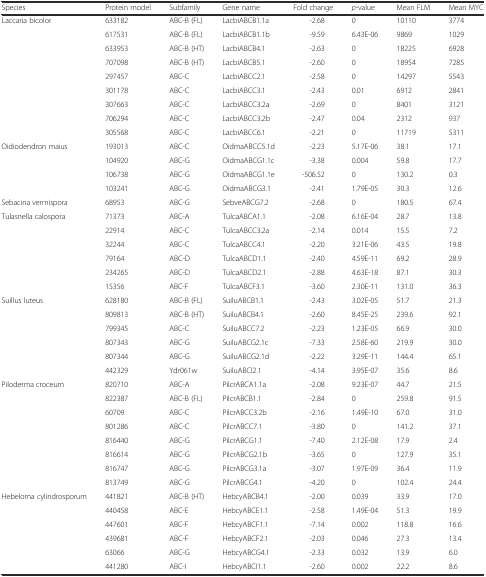
<table><thead><tr><td><b>Species</b></td><td><b>Protein model</b></td><td><b>Subfamily</b></td><td><b>Gene name</b></td><td><b>Fold change</b></td><td><b><i>p</i>-value</b></td><td><b>Mean FLM</b></td><td><b>Mean MYC</b></td></tr></thead><tbody><tr><td>Laccaria bicolor</td><td>633182</td><td>ABC-B (FL)</td><td>LacbiABCB1.1a</td><td>-2.68</td><td>0</td><td>10110</td><td>3774</td></tr><tr><td></td><td>617531</td><td>ABC-B (FL)</td><td>LacbiABCB1.1b</td><td>-9.59</td><td>6.43E-06</td><td>9869</td><td>1029</td></tr><tr><td></td><td>633953</td><td>ABC-B (HT)</td><td>LacbiABCB4.1</td><td>-2.63</td><td>0</td><td>18225</td><td>6928</td></tr><tr><td></td><td>707098</td><td>ABC-B (HT)</td><td>LacbiABCB5.1</td><td>-2.60</td><td>0</td><td>18954</td><td>7285</td></tr><tr><td></td><td>297457</td><td>ABC-C</td><td>LacbiABCC2.1</td><td>-2.58</td><td>0</td><td>14297</td><td>5543</td></tr><tr><td></td><td>301178</td><td>ABC-C</td><td>LacbiABCC3.1</td><td>-2.43</td><td>0.01</td><td>6912</td><td>2841</td></tr><tr><td></td><td>307663</td><td>ABC-C</td><td>LacbiABCC3.2a</td><td>-2.69</td><td>0</td><td>8401</td><td>3121</td></tr><tr><td></td><td>706294</td><td>ABC-C</td><td>LacbiABCC3.2b</td><td>-2.47</td><td>0.04</td><td>2312</td><td>937</td></tr><tr><td></td><td>305568</td><td>ABC-C</td><td>LacbiABCC6.1</td><td>-2.21</td><td>0</td><td>11719</td><td>5311</td></tr><tr><td>Oidiodendron maius</td><td>193013</td><td>ABC-C</td><td>OidmaABCC5.1d</td><td>-2.23</td><td>5.17E-06</td><td>38.1</td><td>17.1</td></tr><tr><td></td><td>104920</td><td>ABC-G</td><td>OidmaABCG1.1c</td><td>-3.38</td><td>0.004</td><td>59.8</td><td>17.7</td></tr><tr><td></td><td>106738</td><td>ABC-G</td><td>OidmaABCG1.1e</td><td>-506.52</td><td>0</td><td>130.2</td><td>0.3</td></tr><tr><td></td><td>103241</td><td>ABC-G</td><td>OidmaABCG3.1</td><td>-2.41</td><td>1.79E-05</td><td>30.3</td><td>12.6</td></tr><tr><td>Sebacina vermispora</td><td>68953</td><td>ABC-G</td><td>SebveABCG7.2</td><td>-2.68</td><td>0</td><td>180.5</td><td>67.4</td></tr><tr><td>Tulasnella calospora</td><td>71373</td><td>ABC-A</td><td>TulcaABCA1.1</td><td>-2.08</td><td>6.16E-04</td><td>28.7</td><td>13.8</td></tr><tr><td></td><td>22914</td><td>ABC-C</td><td>TulcaABCC3.2a</td><td>-2.14</td><td>0.014</td><td>15.5</td><td>7.2</td></tr><tr><td></td><td>32244</td><td>ABC-C</td><td>TulcaABCC4.1</td><td>-2.20</td><td>3.21E-06</td><td>43.5</td><td>19.8</td></tr><tr><td></td><td>79164</td><td>ABC-D</td><td>TulcaABCD1.1</td><td>-2.40</td><td>4.59E-11</td><td>69.2</td><td>28.9</td></tr><tr><td></td><td>234265</td><td>ABC-D</td><td>TulcaABCD2.1</td><td>-2.88</td><td>4.63E-18</td><td>87.1</td><td>30.3</td></tr><tr><td></td><td>15356</td><td>ABC-F</td><td>TulcaABCF3.1</td><td>-3.60</td><td>2.30E-11</td><td>131.0</td><td>36.3</td></tr><tr><td>Suillus luteus</td><td>628180</td><td>ABC-B (FL)</td><td>SuiluABCB1.1</td><td>-2.43</td><td>3.02E-05</td><td>51.7</td><td>21.3</td></tr><tr><td></td><td>809813</td><td>ABC-B (HT)</td><td>SuiluABCB4.1</td><td>-2.60</td><td>8.45E-25</td><td>239.6</td><td>92.1</td></tr><tr><td></td><td>799345</td><td>ABC-C</td><td>SuiluABCC7.2</td><td>-2.23</td><td>1.23E-05</td><td>66.9</td><td>30.0</td></tr><tr><td></td><td>807343</td><td>ABC-G</td><td>SuiluABCG2.1c</td><td>-7.33</td><td>2.58E-60</td><td>219.9</td><td>30.0</td></tr><tr><td></td><td>807344</td><td>ABC-G</td><td>SuiluABCG2.1d</td><td>-2.22</td><td>3.29E-11</td><td>144.4</td><td>65.1</td></tr><tr><td></td><td>442329</td><td>Ydr061w</td><td>SuiluABCI2.1</td><td>-4.14</td><td>3.95E-07</td><td>35.6</td><td>8.6</td></tr><tr><td>Piloderma croceum</td><td>820710</td><td>ABC-A</td><td>PilcrABCA1.1a</td><td>-2.08</td><td>9.23E-07</td><td>44.7</td><td>21.5</td></tr><tr><td></td><td>822387</td><td>ABC-B (FL)</td><td>PilcrABCB1.1</td><td>-2.84</td><td>0</td><td>259.8</td><td>91.5</td></tr><tr><td></td><td>60709</td><td>ABC-C</td><td>PilcrABCC3.2b</td><td>-2.16</td><td>1.49E-10</td><td>67.0</td><td>31.0</td></tr><tr><td></td><td>801286</td><td>ABC-C</td><td>PilcrABCC7.1</td><td>-3.80</td><td>0</td><td>141.2</td><td>37.1</td></tr><tr><td></td><td>816440</td><td>ABC-G</td><td>PilcrABCG1.1</td><td>-7.40</td><td>2.12E-08</td><td>17.9</td><td>2.4</td></tr><tr><td></td><td>816614</td><td>ABC-G</td><td>PilcrABCG2.1b</td><td>-3.65</td><td>0</td><td>127.9</td><td>35.1</td></tr><tr><td></td><td>816747</td><td>ABC-G</td><td>PilcrABCG3.1a</td><td>-3.07</td><td>1.97E-09</td><td>36.4</td><td>11.9</td></tr><tr><td></td><td>813749</td><td>ABC-G</td><td>PilcrABCG4.1</td><td>-4.20</td><td>0</td><td>102.4</td><td>24.4</td></tr><tr><td>Hebeloma cylindrosporum</td><td>441821</td><td>ABC-B (HT)</td><td>HebcyABCB4.1</td><td>-2.00</td><td>0.039</td><td>33.9</td><td>17.0</td></tr><tr><td></td><td>440458</td><td>ABC-E</td><td>HebcyABCE1.1</td><td>-2.58</td><td>1.49E-04</td><td>51.3</td><td>19.9</td></tr><tr><td></td><td>447601</td><td>ABC-F</td><td>HebcyABCF1.1</td><td>-7.14</td><td>0.002</td><td>118.8</td><td>16.6</td></tr><tr><td></td><td>439681</td><td>ABC-F</td><td>HebcyABCF2.1</td><td>-2.03</td><td>0.046</td><td>27.3</td><td>13.4</td></tr><tr><td></td><td>63066</td><td>ABC-G</td><td>HebcyABCG4.1</td><td>-2.33</td><td>0.032</td><td>13.9</td><td>6.0</td></tr><tr><td></td><td>441280</td><td>ABC-I</td><td>HebcyABCI1.1</td><td>-2.60</td><td>0.002</td><td>22.2</td><td>8.6</td></tr></tbody></table>